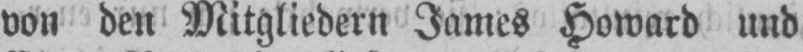
von den Mitgliedern James Howard und